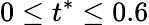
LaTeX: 0\leq t^{*}\leq 0.6